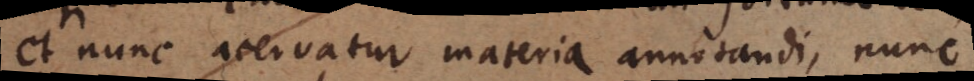
et nunc acervatur materia annotandi, nunc